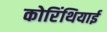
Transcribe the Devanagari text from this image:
कोरिंथियाई